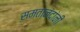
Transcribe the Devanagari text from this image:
समतानंदांनी